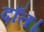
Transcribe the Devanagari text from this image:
दाँत।